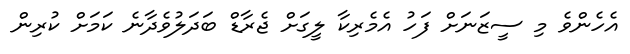
އެހެންވެ މި ސީޒަނަށް ފަހު އެމެރިކާ ލީގަށް ޖެރާޑް ބަދަލުވެދާނެ ކަމަށް ކުރިން